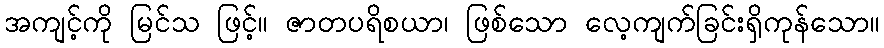
အကျင့်ကို မြင်သ ဖြင့်။ ဇာတပရိစယာ၊ ဖြစ်သော လေ့ကျက်ခြင်းရှိကုန်သော။